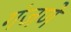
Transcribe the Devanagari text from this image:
गंजणे